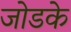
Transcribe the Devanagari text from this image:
जोडके